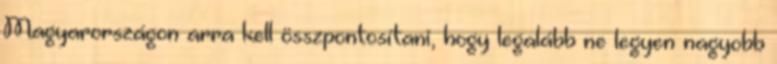
Magyarországon arra kell összpontosítani, hogy legalább ne legyen nagyobb